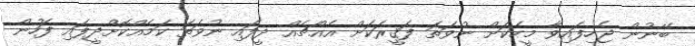
ބޭނުން ޖެހިފައިވާ މީހަކަށް ނުވަތަ ފަޤީރަކަށް އެއްޗެއް ދީފައި ނުވަތަ ކަމެއްކޮށްދީފައި ފަހުން